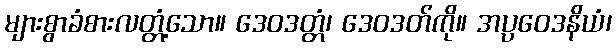
များစွာခံစားလတ္တံ့သော။ ဒေဝဒတ္တံ၊ ဒေဝဒတ်ကို။ အပ္ပဝေဒနိယံ၊